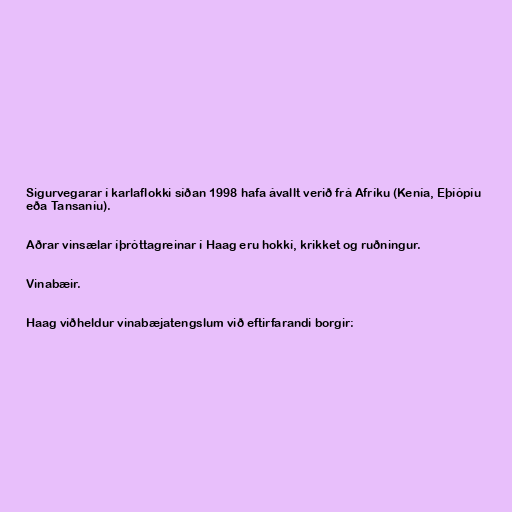
Sigurvegarar í karlaflokki síðan 1998 hafa ávallt verið frá Afríku (Kenía, Eþíópíu
eða Tansaníu).

Aðrar vinsælar íþróttagreinar í Haag eru hokkí, krikket og ruðningur.

Vinabæir.

Haag viðheldur vinabæjatengslum við eftirfarandi borgir: